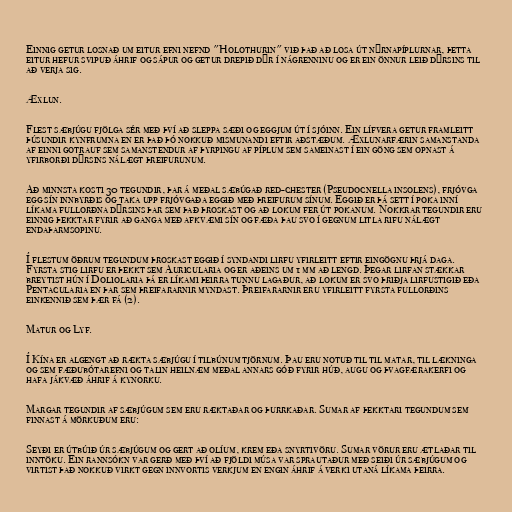
Einnig getur losnað um eitur efni nefnd "Holothurin" við það að losa út nýrnapíplurnar, þetta
eitur hefur svipuð áhrif og sápur og getur drepið dýr í nágrenninu og er ein önnur leið dýrsins til
að verja sig.

Æxlun.

Flest sæbjúgu fjölga sér með því að sleppa sæði og eggjum út í sjóinn. Ein lífvera getur framleitt
þúsundir kynfrumna en er það þó nokkuð mismunandi eftir aðstæðum. Æxlunarfærin samanstanda
af einni gotrauf sem samanstendur af þyrpingu af píplum sem sameinast í ein göng sem opnast á
yfirborði dýrsins nálægt þreifurunum.

Að minnsta kosti 30 tegundir, þar á meðal sæbúgað red-chester (Pseudocnella insolens), frjóvga
egg sín innbyrðis og taka upp frjóvgaða eggið með þreifurum sínum. Eggið er þá sett í poka inní
líkama fullorðna dýrsins þar sem það þroskast og að lokum fer út pokanum. Nokkrar tegundir eru
einnig þekktar fyrir að ganga með afkvæmi sín og fæða þau svo í gegnum litla rifu nálægt
endaþarmsopinu.

Í flestum öðrum tegundum þroskast eggið í syndandi lirfu yfirleitt eftir eingögnu þrjá daga.
Fyrsta stig lirfu er þekkt sem Auricularia og er aðeins um 1 mm að lengd. Þegar lirfan stækkar
breytist hún í Doliolaria þá er líkami þeirra tunnu lagaður, að lokum er svo þriðja lirfustigið eða
Pentacularia en þar sem þreifararnir myndast. Þreifararnir eru yfirleitt fyrsta fullorðins
einkennið sem þær fá (2).

Matur og Lyf.

Í Kína er algengt að rækta sæbjúgu í tilbúnum tjörnum. Þau eru notuð til til matar, til lækninga
og sem fæðubótarefni og talin heilnæm meðal annars góð fyrir húð, augu og þvagfærakerfi og
hafa jákvæð áhrif á kynorku.

Margar tegundir af sæbjúgum sem eru ræktaðar og þurrkaðar. Sumar af þekktari tegundum sem
finnast á mörkuðum eru:

Seyði er útbúið úr sæbjúgum og gert að olíum, krem eða snyrtivöru. Sumar vörur eru ætlaðar til
inntöku. Ein rannsókn var gerð með því að fjöldi músa var sprautaður með seiði úr sæbjúgum og
virtist það nokkuð virkt gegn innvortis verkjum en engin áhrif á verki utaná líkama þeirra.